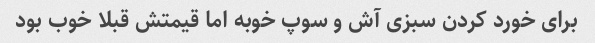
برای خورد کردن سبزی آش و سوپ خوبه اما قیمتش قبلا خوب بود